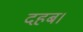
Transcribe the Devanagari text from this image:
दहब।